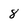
Character: 8